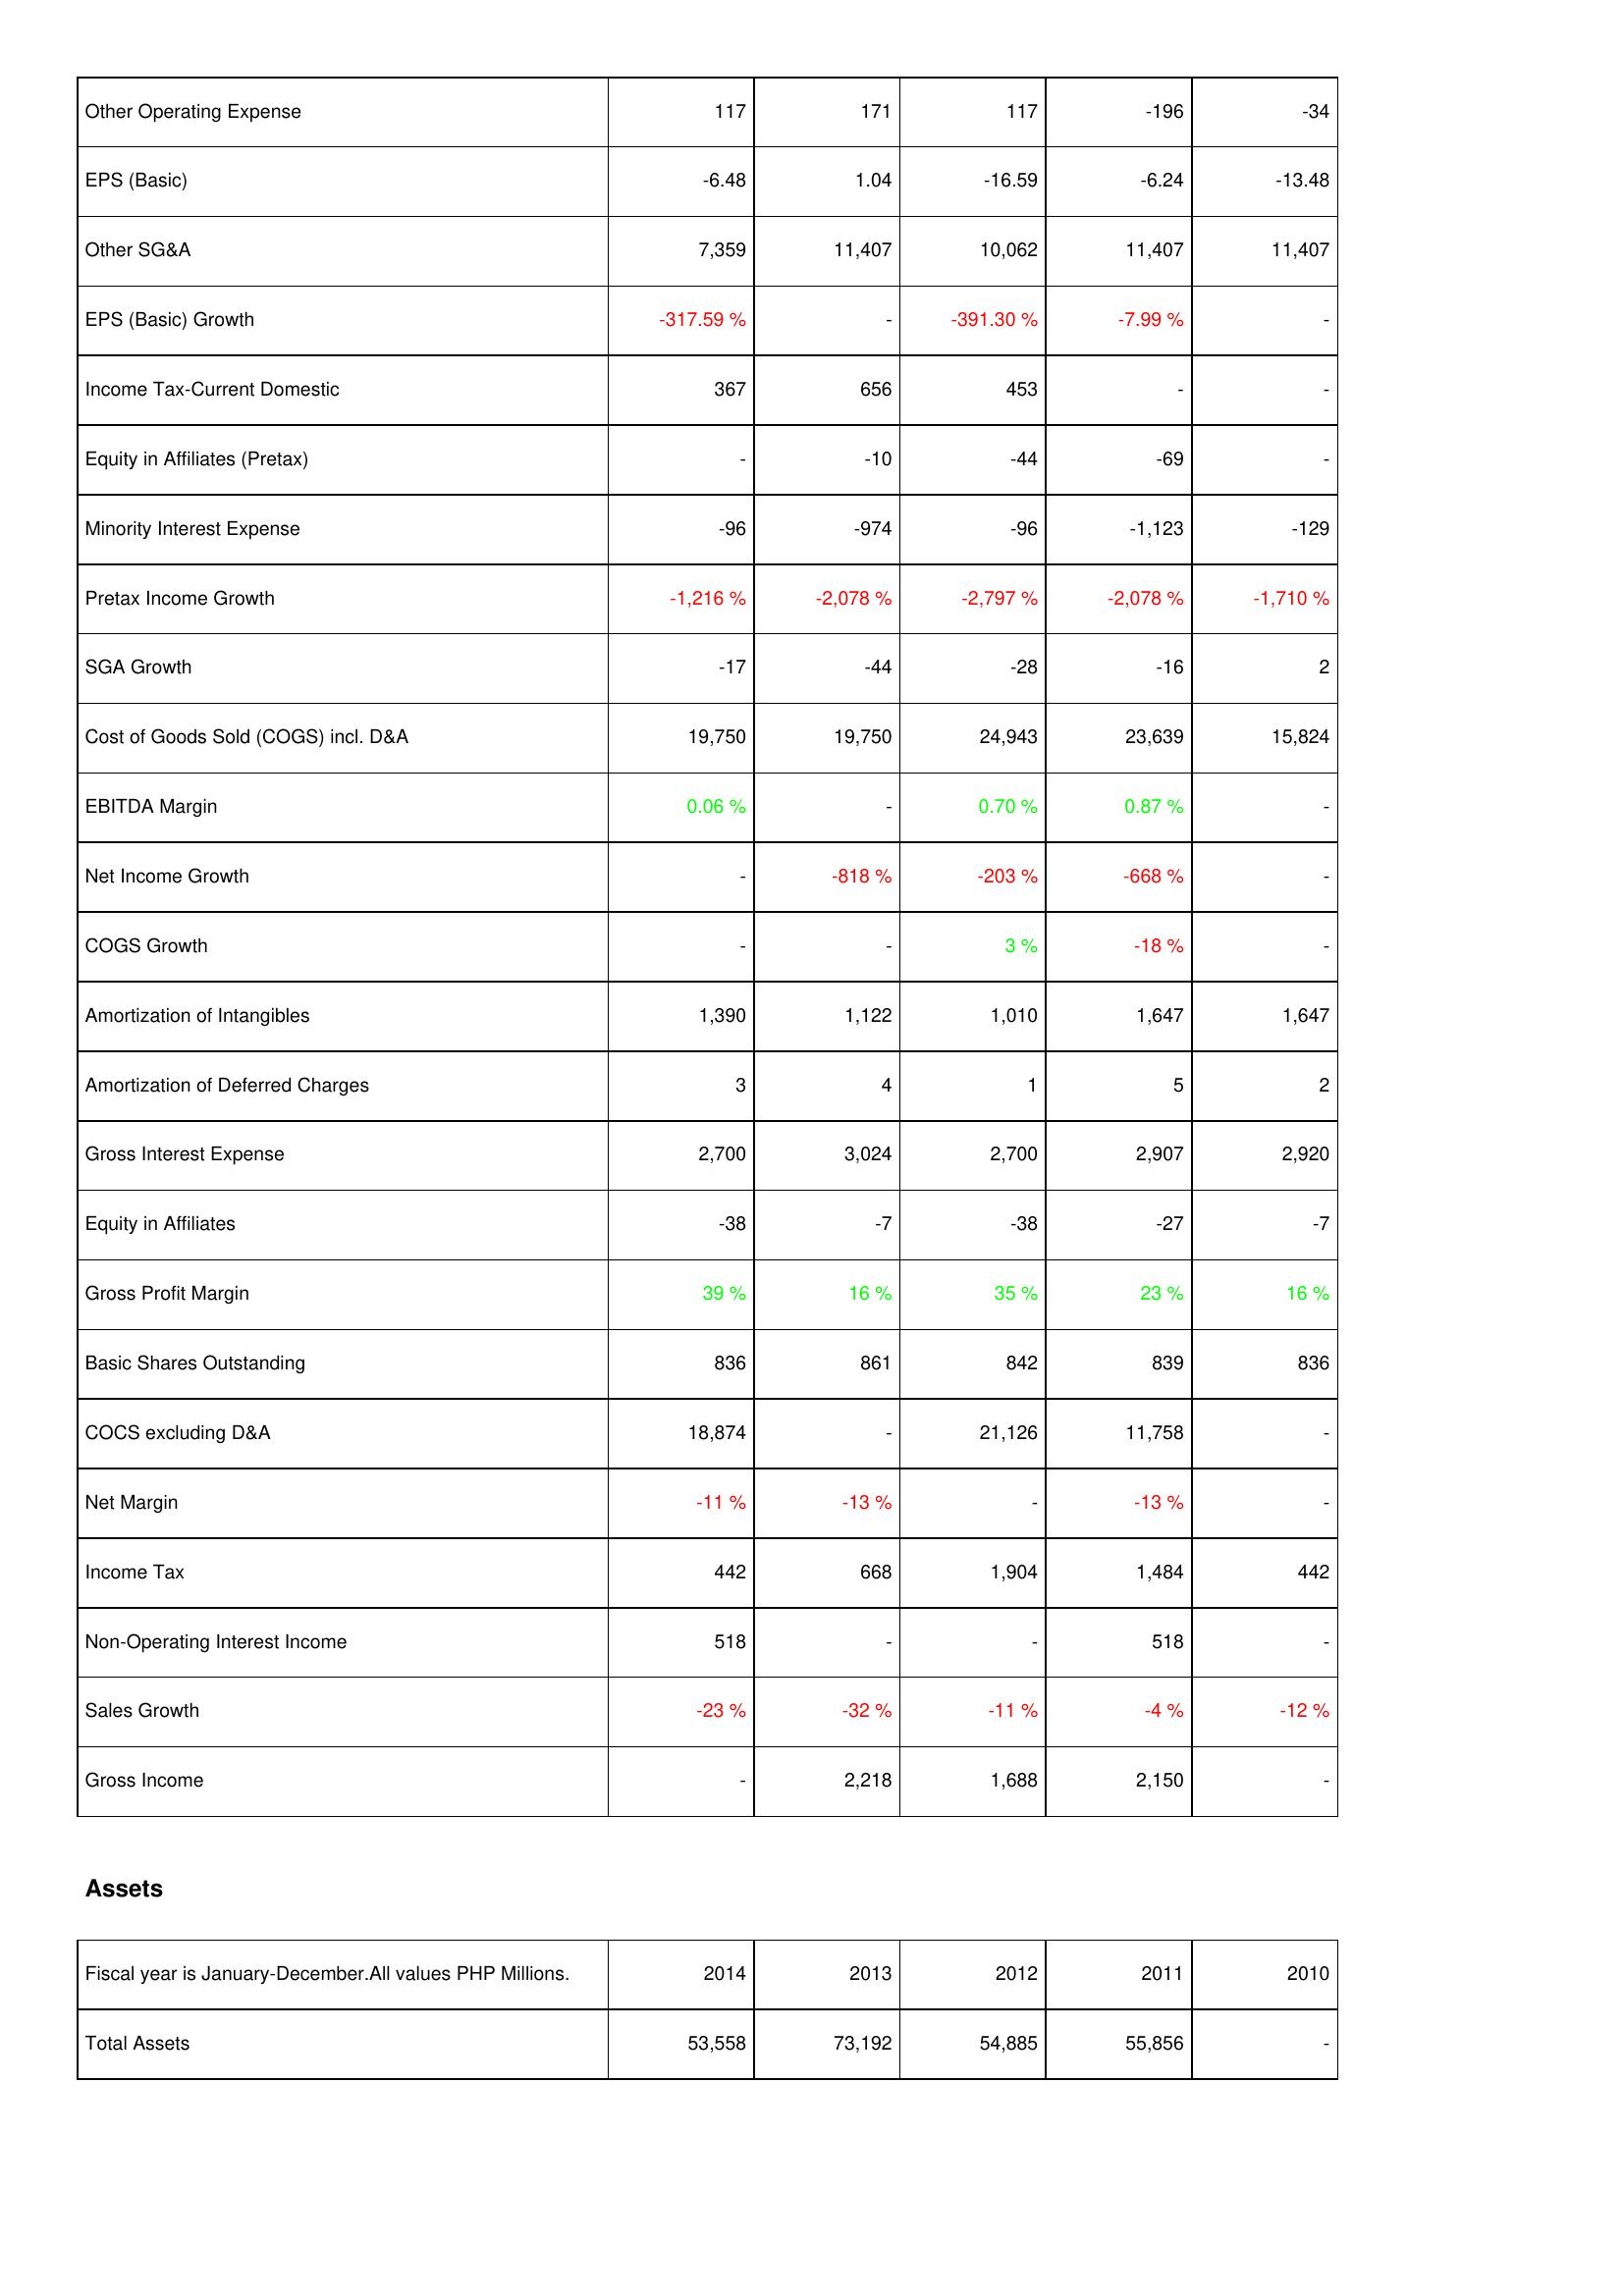
2014: Income Statement: Other Operating Expense: 117
EPS (Basic): -6.48
Other SG&A: 7,359
EPS (Basic) Growth: -317.59 %
Income Tax-Current Domestic: 367
Equity in Affiliates (Pretax): -
Minority Interest Expense: -96
Pretax Income Growth: -1,216 %
SGA Growth: -17
Cost of Goods Sold (COGS) incl. D&A: 19,750
EBITDA Margin: 0.06 %
Net Income Growth: -
COGS Growth: -
Amortization of Intangibles: 1,390
Amortization of Deferred Charges: 3
Gross Interest Expense: 2,700
Equity in Affiliates: -38
Gross Profit Margin: 39 %
Basic Shares Outstanding: 836
COCS excluding D&A: 18,874
Net Margin: -11 %
Income Tax: 442
Non-Operating Interest Income: 518
Sales Growth: -23 %
Gross Income: -
Assets: Total Assets: 53,558
2013: Income Statement: Other Operating Expense: 171
EPS (Basic): 1.04
Other SG&A: 11,407
EPS (Basic) Growth: -
Income Tax-Current Domestic: 656
Equity in Affiliates (Pretax): -10
Minority Interest Expense: -974
Pretax Income Growth: -2,078 %
SGA Growth: -44
Cost of Goods Sold (COGS) incl. D&A: 19,750
EBITDA Margin: -
Net Income Growth: -818 %
COGS Growth: -
Amortization of Intangibles: 1,122
Amortization of Deferred Charges: 4
Gross Interest Expense: 3,024
Equity in Affiliates: -7
Gross Profit Margin: 16 %
Basic Shares Outstanding: 861
COCS excluding D&A: -
Net Margin: -13 %
Income Tax: 668
Non-Operating Interest Income: -
Sales Growth: -32 %
Gross Income: 2,218
Assets: Total Assets: 73,192
2012: Income Statement: Other Operating Expense: 117
EPS (Basic): -16.59
Other SG&A: 10,062
EPS (Basic) Growth: -391.30 %
Income Tax-Current Domestic: 453
Equity in Affiliates (Pretax): -44
Minority Interest Expense: -96
Pretax Income Growth: -2,797 %
SGA Growth: -28
Cost of Goods Sold (COGS) incl. D&A: 24,943
EBITDA Margin: 0.70 %
Net Income Growth: -203 %
COGS Growth: 3 %
Amortization of Intangibles: 1,010
Amortization of Deferred Charges: 1
Gross Interest Expense: 2,700
Equity in Affiliates: -38
Gross Profit Margin: 35 %
Basic Shares Outstanding: 842
COCS excluding D&A: 21,126
Net Margin: -
Income Tax: 1,904
Non-Operating Interest Income: -
Sales Growth: -11 %
Gross Income: 1,688
Assets: Total Assets: 54,885
2011: Income Statement: Other Operating Expense: -196
EPS (Basic): -6.24
Other SG&A: 11,407
EPS (Basic) Growth: -7.99 %
Income Tax-Current Domestic: -
Equity in Affiliates (Pretax): -69
Minority Interest Expense: -1,123
Pretax Income Growth: -2,078 %
SGA Growth: -16
Cost of Goods Sold (COGS) incl. D&A: 23,639
EBITDA Margin: 0.87 %
Net Income Growth: -668 %
COGS Growth: -18 %
Amortization of Intangibles: 1,647
Amortization of Deferred Charges: 5
Gross Interest Expense: 2,907
Equity in Affiliates: -27
Gross Profit Margin: 23 %
Basic Shares Outstanding: 839
COCS excluding D&A: 11,758
Net Margin: -13 %
Income Tax: 1,484
Non-Operating Interest Income: 518
Sales Growth: -4 %
Gross Income: 2,150
Assets: Total Assets: 55,856
2010: Income Statement: Other Operating Expense: -34
EPS (Basic): -13.48
Other SG&A: 11,407
EPS (Basic) Growth: -
Income Tax-Current Domestic: -
Equity in Affiliates (Pretax): -
Minority Interest Expense: -129
Pretax Income Growth: -1,710 %
SGA Growth: 2
Cost of Goods Sold (COGS) incl. D&A: 15,824
EBITDA Margin: -
Net Income Growth: -
COGS Growth: -
Amortization of Intangibles: 1,647
Amortization of Deferred Charges: 2
Gross Interest Expense: 2,920
Equity in Affiliates: -7
Gross Profit Margin: 16 %
Basic Shares Outstanding: 836
COCS excluding D&A: -
Net Margin: -
Income Tax: 442
Non-Operating Interest Income: -
Sales Growth: -12 %
Gross Income: -
Assets: Total Assets: -